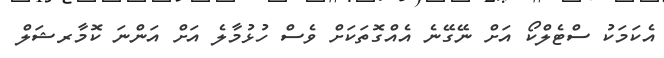
އެކަމަކު ސްޓެލްކޯ އަށް ނޭގޭނެ އެއްގޮތަކަށް ވެސް ހުޅުމާލެ އަށް އަންނަ ކޮމާރޝަލް